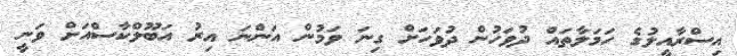
އިސްރާއީލުގެ ހަމަލާތައް ދުވަހުން ދުވަހަށް ގިނަ ވަމުން އަންނަ އިރު އަބޫލްކާސްއަށް ވަނީ